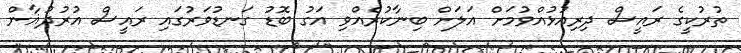
ތުރުކީގެ ރައީސް ދިރިއުޅުއްވުމަށް އަލަށް ބިނާކުރެއްވި އަގު ބޮޑު ގަނޑުވަރުގައި ރައީސް އުރުދުޣާން